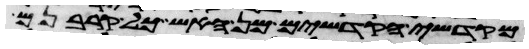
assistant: מקדשי הקדשים מן האש כל קרבנם